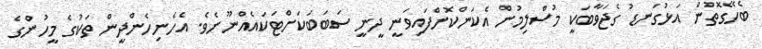
ބެހޭގޮތުން އަޅުގަނޑު ގެޖަވާބަކީ މުސްލިމުން އެކަންކޮށްފައިވަނީ ދީނީ ސަބަބަކަށްޓަކައެއްނޫނެވެ. އެހެނިހެންދީން ތަކުގެ މީހުންގެ